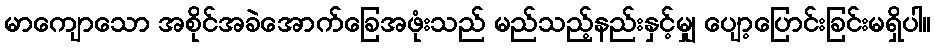
မာကျောသော အစိုင်အခဲအောက်ခြေအဖုံးသည် မည်သည့်နည်းနှင့်မျှ ပျော့ပြောင်းခြင်းမရှိပါ။